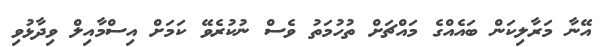
އޭނާ މަރާލިކަން ބައެއްގެ މައްޗަށް ތުހުމަތު ވެސް ނުކުރެވޭ ކަމަށް އިސްމާއިލް ވިދާޅުވި